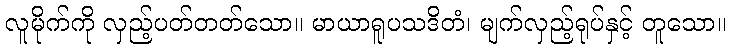
လူမိုက်ကို လှည့်ပတ်တတ်သော။ မာယာရူပသဒိတံ၊ မျက်လှည့်ရုပ်နှင့် တူသော။